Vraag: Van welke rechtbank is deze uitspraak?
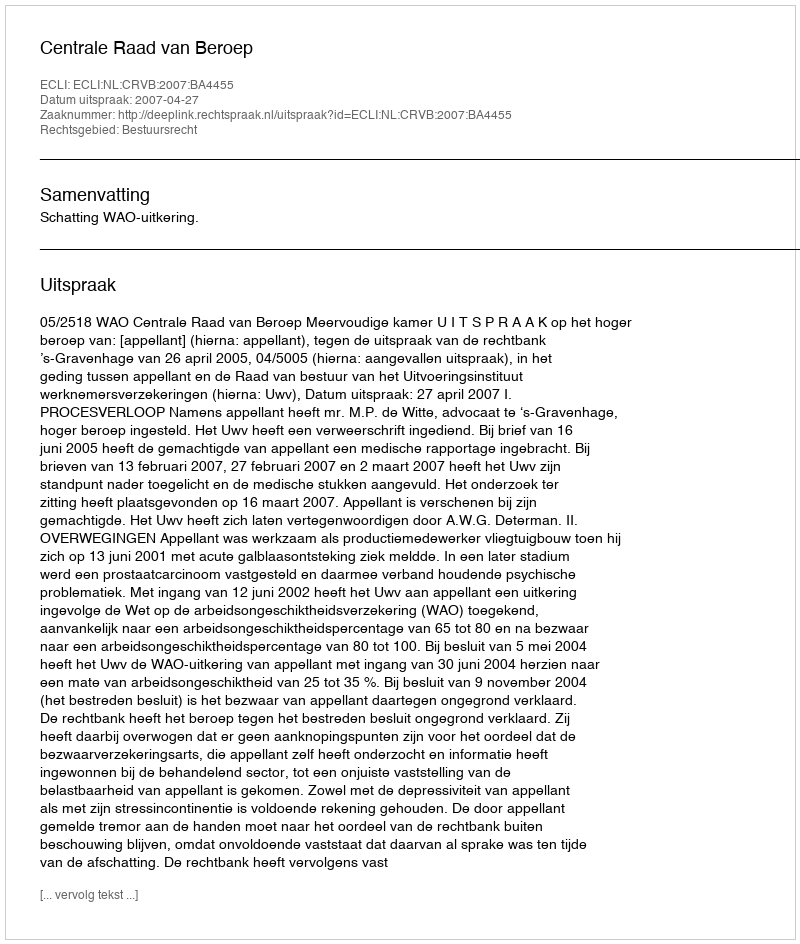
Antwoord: Centrale Raad van Beroep